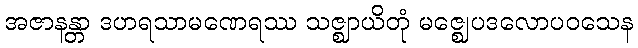
အဇာနန္တာ ဒဟရသာမဏေရဿ သဇ္ဈာယိတုံ မဇ္ဈေပဒလောပဝသေန